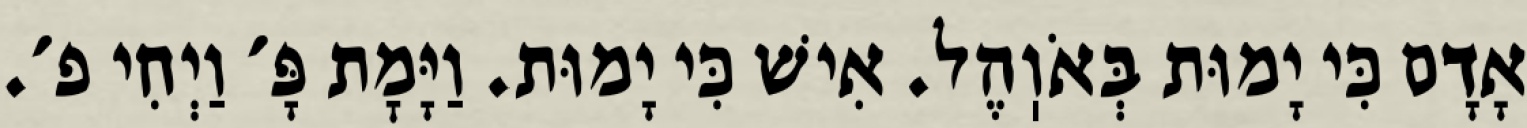
אָדָם כִּי יָמוּת בְּאֹוֽהֶל. אִישׁ כִּי יָמוּת. וַיָּמׇת פָּ׳ וַיְחִי פ׳.